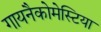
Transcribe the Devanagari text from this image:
गायनैकोमेस्टिया